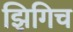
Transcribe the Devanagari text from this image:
झिगिच